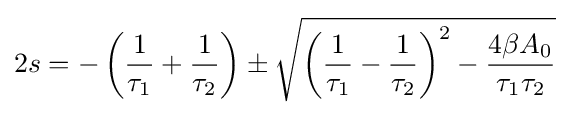
2s=-\left({\frac {1}{\tau _{1}}}+{\frac {1}{\tau _{2}}}\right)\pm {\sqrt {\left({\frac {1}{\tau _{1}}}-{\frac {1}{\tau _{2}}}\right)^{2}-{\frac {4\beta A_{0}}{\tau _{1}\tau _{2}}}}}